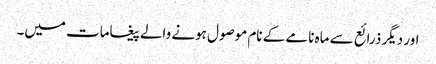
اور دیگر ذرائع سے ماہ نامے کے نام موصول ہونے والے پیغامات میں۔